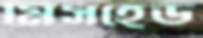
মিসহেড